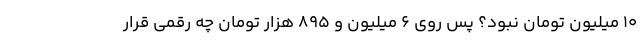
10 میلیون تومان نبود؟ پس روی 6 میلیون و 895 هزار تومان چه رقمی قرار